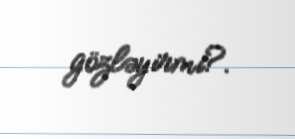
gözləyirmi?.